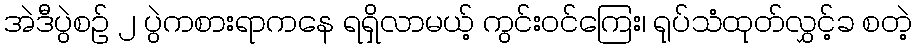
အဲဒီပွဲစဥ် ၂ ပွဲကစားရာကနေ ရရှိလာမယ့် ကွင်းဝင်ကြေး၊ ရုပ်သံထုတ်လွှင့်ခ စတဲ့